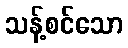
သန့်စင်သော